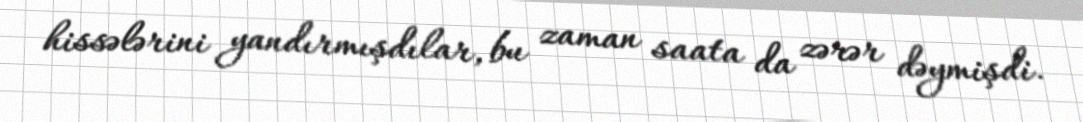
hissələrini yandırmışdılar, bu zaman saata da zərər dəymişdi.